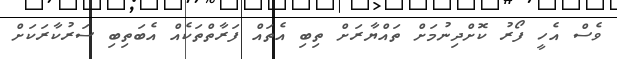
ވެސް އެހީ ފޯރު ކޮށްދިނުމަށް ތައްޔާރަށް ތިބި އެތައް ފަރާތްތަކެއް އެބަތިބި ސަރުކާރަކަށް